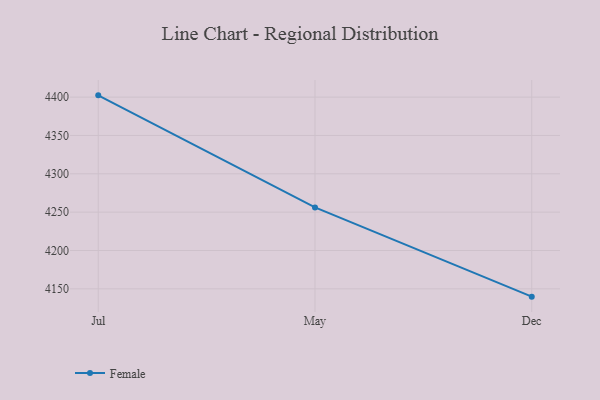
{"axis": {"x": "Month", "y": "Revenue (USD Million)"}, "legend": ["Female"], "data": [{"x": "Jul", "y": 4402.3, "type": "Female"}, {"x": "May", "y": 4256.2, "type": "Female"}, {"x": "Dec", "y": 4139.8, "type": "Female"}]}